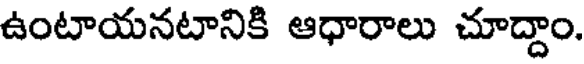
ఉంటాయనటానికి ఆధారాలు చూద్దాం.